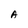
Character: A